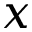
x